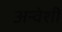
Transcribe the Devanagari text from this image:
अन्वेशी